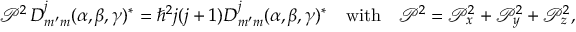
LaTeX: { \mathcal { P } } ^ { 2 } \, D _ { m ^ { \prime } m } ^ { j } ( \alpha , \beta , \gamma ) ^ { * } = \hbar ^ { 2 } j ( j + 1 ) D _ { m ^ { \prime } m } ^ { j } ( \alpha , \beta , \gamma ) ^ { * } \quad { \mathrm { w i t h } } \quad { \mathcal { P } } ^ { 2 } = { \mathcal { P } } _ { x } ^ { 2 } + { \mathcal { P } } _ { y } ^ { 2 } + { \mathcal { P } } _ { z } ^ { 2 } ,